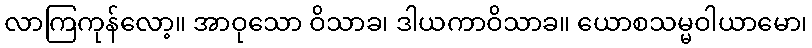
လာကြကုန်လော့။ အာဝုသော ဝိသာခ၊ ဒါယကာဝိသာခ။ ယောစသမ္မဝါယာမော၊